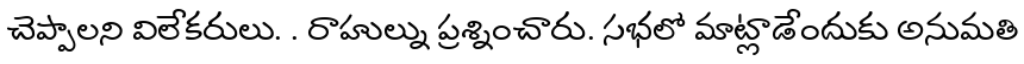
చెప్పాలని విలేకరులు. . రాహుల్ను ప్రశ్నించారు. సభలో మాట్లాడేందుకు అనుమతి